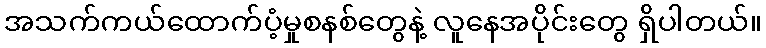
အသက်ကယ်ထောက်ပံ့မှုစနစ်တွေနဲ့ လူနေအပိုင်းတွေ ရှိပါတယ်။